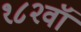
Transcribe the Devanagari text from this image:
१८२वॉ